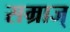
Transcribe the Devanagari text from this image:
सम्राज्